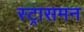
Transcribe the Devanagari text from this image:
स्ट्रासमन